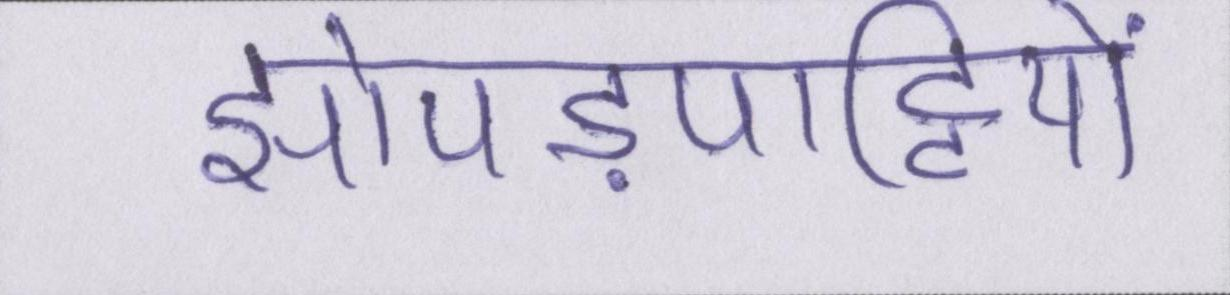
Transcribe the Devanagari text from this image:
झोपड़पट्टियों